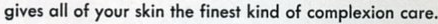
gives all of your skin the finest kind of complexion care.